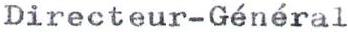
Directeur-Général